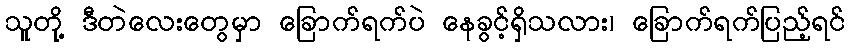
သူတို့ ဒီတဲလေးတွေမှာ ခြောက်ရက်ပဲ နေခွင့်ရှိသလား၊ ခြောက်ရက်ပြည့်ရင်